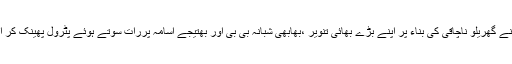
ملزم شبیرنے گھریلو ناچاقی کی بناء پر اپنے بڑے بھائی تنویر ،بھابھی شبانہ بی بی اور بھتیجے اسامہ پررات سوتے ہوئے پٹرول پھینک کر آگ لگادی۔